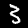
Label: 3